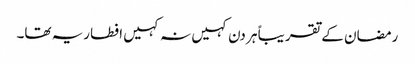
رمضان کے تقریباً ہر دن کہیں نہ کہیں افطاریہ تھا۔